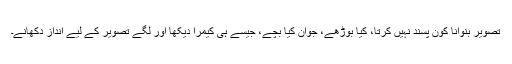
تصویر بنوانا کون پسند نہیں کرتا، کیا بوڑھے، جوان کیا بچے، جیسے ہی کیمرا دیکھا اور لگے تصویر کے لیے انداز دکھانے۔